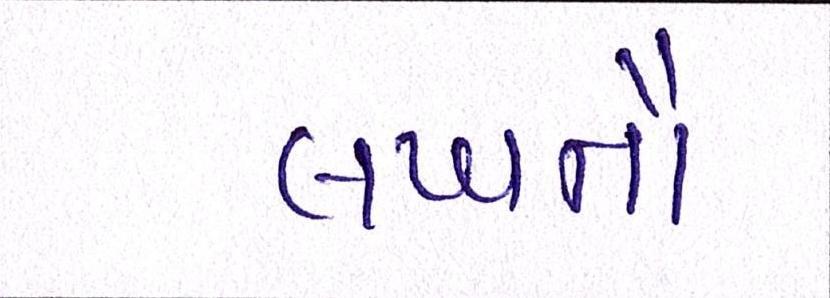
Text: લખનૌ